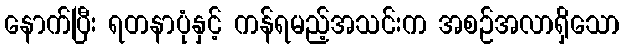
နောက်ပြီး ရတနာပုံနှင့် ကန်ရမည့်အသင်းက အစဉ်အလာရှိသော